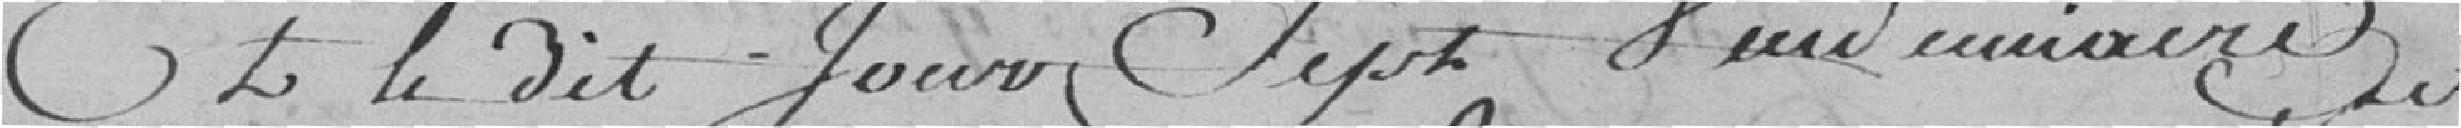
Et le dit jour sept vendémiaire